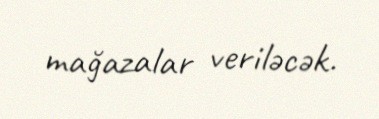
mağazalar veriləcək.